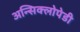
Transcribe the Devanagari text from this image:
अन्सिक्लोपेडी